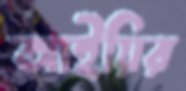
আইয়ির